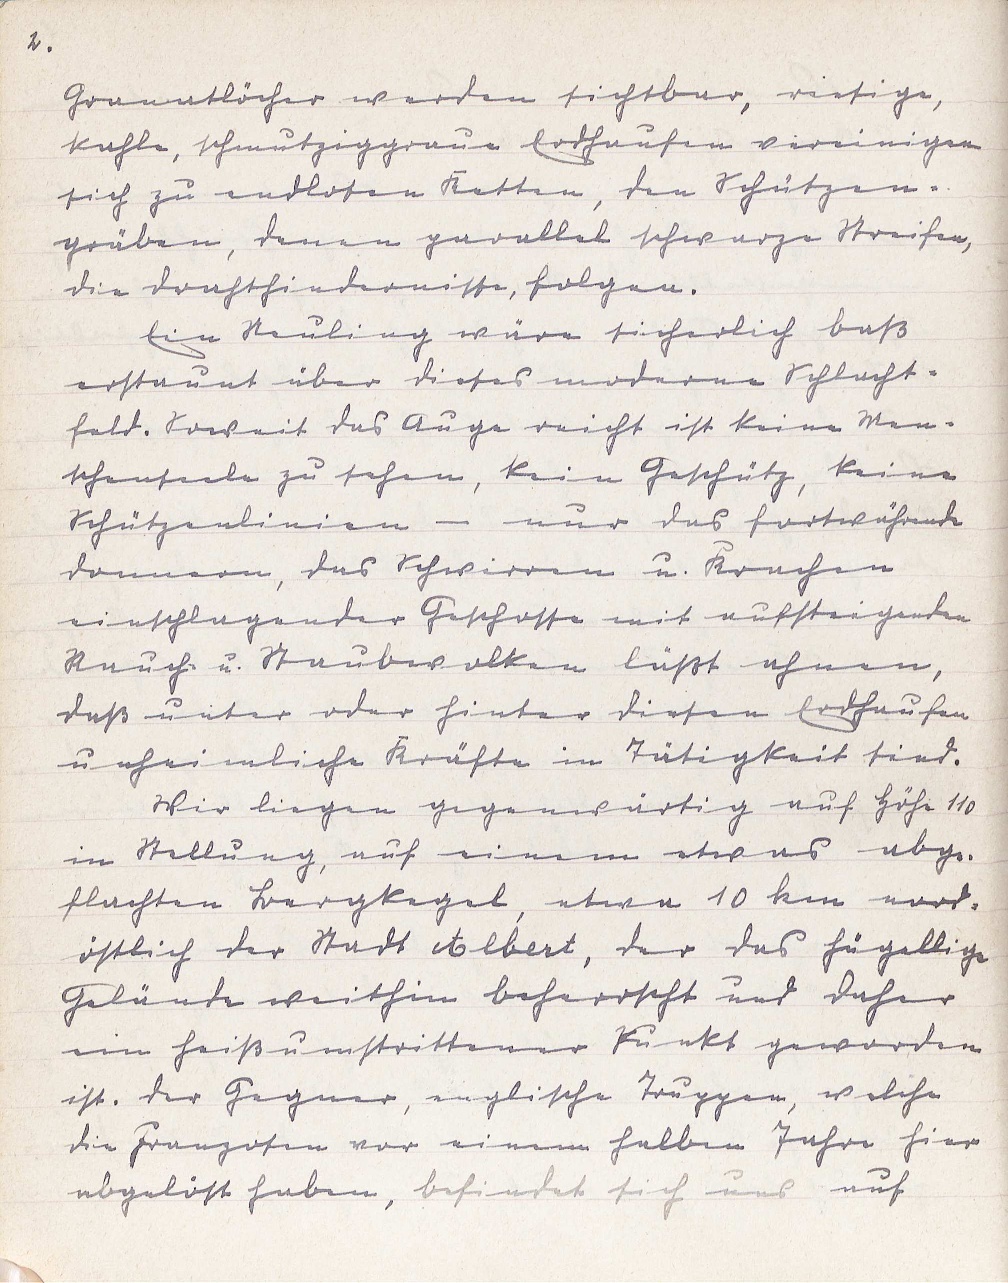
2.

Granatlöcher werden sichtbar, riesige,
kahle, schmutziggraue Erdhaufen vereinigen
sich zu endlosen Ketten, den Schützen¬
gräben, denen parallel schwarze Streifen,
die Drahthindernisse, folgen.
Ein Neuling wäre sicherlich baß
erstaunt über dieses moderne Schlacht¬
feld. Soweit das Auge reicht ist keine Men¬
schenseele zu sehen, kein Geschütz, keine
Schützenlinien - nur das fortwährende
Donnern, das Schwirren u. Krachen
einschlagender Geschosse mit aufsteigenden
Rauch- u. Staubwolken läßt ahnen,
daß unter oder hinter diesen Erdhaufen
unheimliche Kräfte in Tätigkeit sind.
Wir liegen gegenwärtig auf Höhe 110
in Stellung, auf einem etwas abge¬
flachten Bergkegel, etwa 10 km nord¬
östlich der Stadt Albert, der das hügellige
Gelände weithin beherrscht und daher
ein heiß umstrittener Punkt geworden
ist. Der Gegner, englische Truppen, welche
die Franzosen vor einem halben Jahre hier
abgelöst haben, befindet sich uns auf